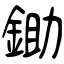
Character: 鋤